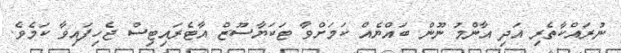
ނުރައްކާތެރި އަދި އާންމު ނޫން ބައްޔެއް ކަމަށްވާ ޓަކަޔާސޫޒް އާޓެރައިޓިސް ޖެހިފައިވާ ކަމެވެ.